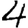
Digit: 4